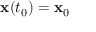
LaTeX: \mathbf { x } ( t _ { 0 } ) = \mathbf { x } _ { 0 }